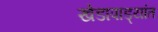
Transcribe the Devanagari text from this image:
खेडापाड्यांत